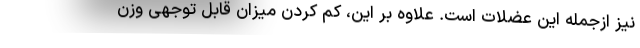
نیز ازجمله این عضلات است. علاوه بر این، کم کردن میزان قابل توجهی وزن